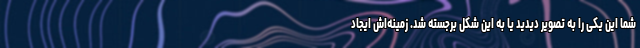
شما این یکی را به تصویر دیدید یا به این شکل برجسته شد. زمینه‌اش ایجاد